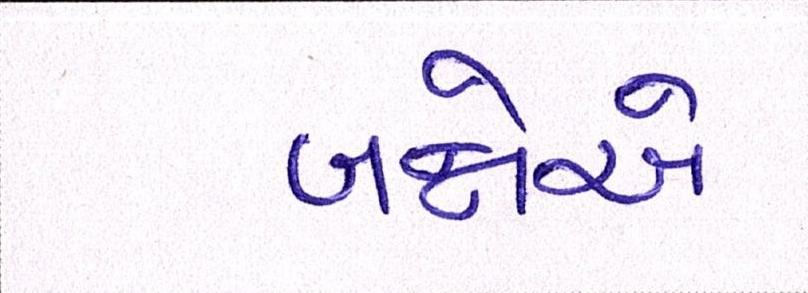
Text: બન્નેએ